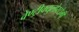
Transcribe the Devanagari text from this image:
वेण्ट्रीक्युलोस्टोमी